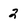
Character: 2